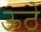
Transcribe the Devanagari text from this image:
ऊठे